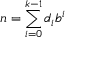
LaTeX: n = \sum _ { i = 0 } ^ { k - 1 } d _ { i } b ^ { i }